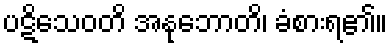
ပဋိသေဝတိ အနုဘောတိ၊ ခံစားရ၏။